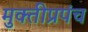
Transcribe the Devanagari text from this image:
मुक्तीप्रपंच